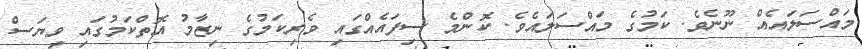
މައްސަލައެއް ނޫނެވެ. ކަމުގެ މައްސަލައެވެ. ކޮންމެ ސިފައެއްގައި ވެރިކަމުގެ ނިޒާމު އޮތްކަމުގައި ވިޔަސް